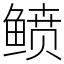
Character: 鲼